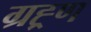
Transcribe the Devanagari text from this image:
ग्रह्र्ण